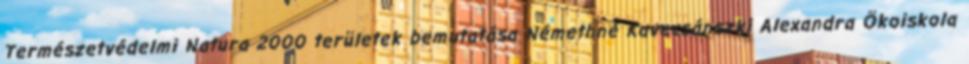
Természetvédelmi Natura 2000 területek bemutatása Némethné Kavecsánszki Alexandra Ökoiskola